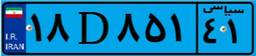
۱۸D۸۵۱۴۱